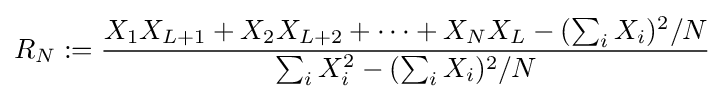
R_{N}:={\frac {X_{1}X_{L+1}+X_{2}X_{L+2}+\cdots +X_{N}X_{L}-(\sum _{i}X_{i})^{2}/N}{\sum _{i}X_{i}^{2}-(\sum _{i}X_{i})^{2}/N}}